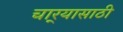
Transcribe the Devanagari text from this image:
चार्‍यासाठी